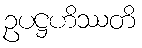
ဥပဋ္ဌဟိဿတိ